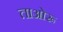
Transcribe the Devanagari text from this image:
ताओरू